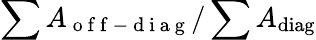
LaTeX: \sum A_{\mathrm{~o~f~f~-~d~i~a~g~}}/\sum A_{\mathrm{diag}}